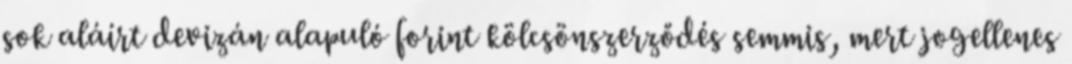
sok aláírt devizán alapuló forint kölcsönszerződés semmis, mert jogellenes